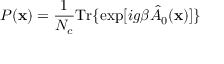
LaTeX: P ( { \bf x } ) = \frac 1 { N _ { c } } \mathrm { T r } \{ \exp [ i g \beta \hat { A } _ { 0 } ( { \bf x } ) ] \}